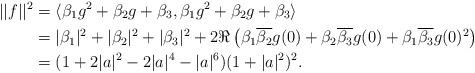
LaTeX: \begin{align*}||f||^2&=\langle\beta_1g^2+\beta_2g+\beta_3,\beta_1g^2+\beta_2g+\beta_3\rangle\\&=|\beta_1|^2+|\beta_2|^2+|\beta_3|^2+2\Re\left(\beta_1\overline{\beta_2}g(0)+\beta_2\overline{\beta_3}g(0)+\beta_1\overline{\beta_3}g(0)^2\right)\\&=(1+2|a|^2-2|a|^4-|a|^6)(1+|a|^2)^2.\end{align*}